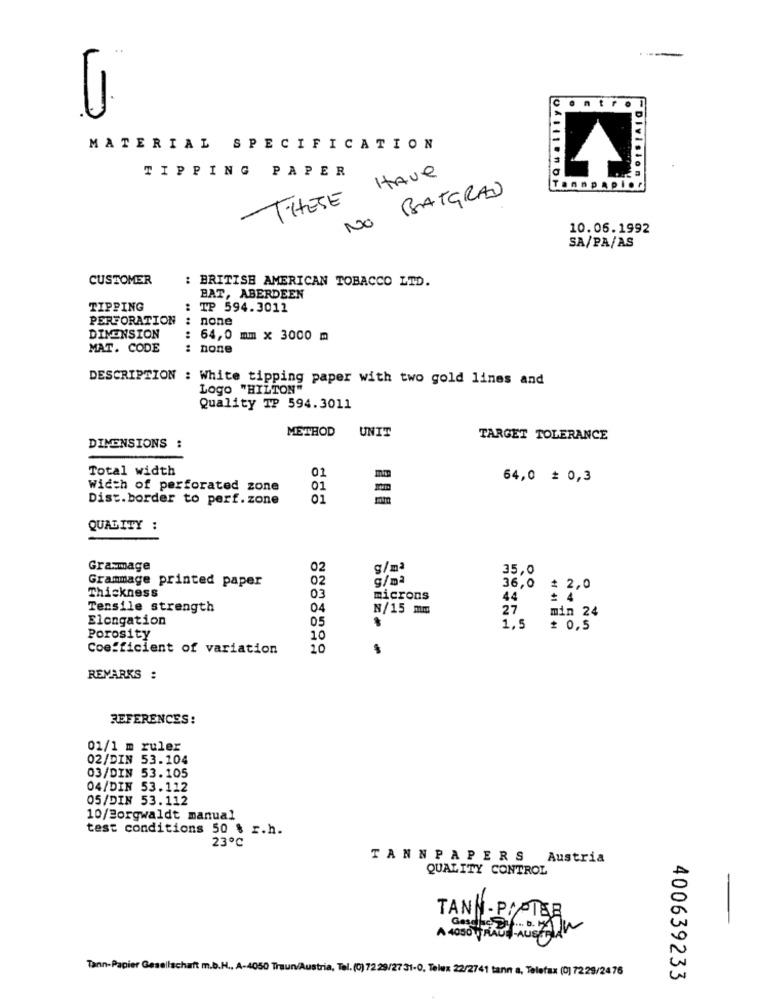
..
U.
MATERIAL SPECIFICATION
TIPPING PAPER
THESE HAVE
-Division
NO BATGRAD
Tannpapier
10.06.1992
SA/PA/AS
CUSTOMER
: BRITISH AMERICAN TOBACCO LTD.
BAT, ABERDEEN
TIPPING
TP 594.3011
PERFORATION
: none
.. .
DIMENSION
: 64,0 mm × 3000 m
MAT. CODE
: none
DESCRIPTION : White tipping paper with two gold lines and
Logo "HILTON"
Quality TP 594.3011
METHOD
UNIT
TARGET TOLERANCE
DIMENSIONS :
Total width
01
64,0 # 0,3
Width of perforated zone
01
Dist.border to perf. zone
01
QUALITY :
Grammage
02
g/mª
35,0
Grammage printed paper
02
g/mª
36,0
= 2,0
Thickness
03
microns
44
* 4
Tersile strength
04
N/15 mm
27
min 24
Elongation
05
1,5
# 0,5
Porosity
10
Coefficient of variation
10
REMARKS :
REFERENCES:
01/1 m ruler
02/DIN 53.104
03/DIN 53.105
04/DIN 53.112
05/DIN 53.112
10/Borgwaldt manual
test conditions 50 % r.h.
23℃
TANNPAPERS
Austria
QUALITY CONTROL
TANN - PIPTER
A 4050 you must
Tann-Papier Gesellschaft m.b.H ., A-4050 Traun/Austria, Tel. (0) 72 29/27 31-0, Telex 22/2741 tann a, Telefax (0) 7229/2476
400639233